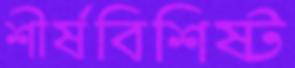
শীর্ষবিশিষ্ট